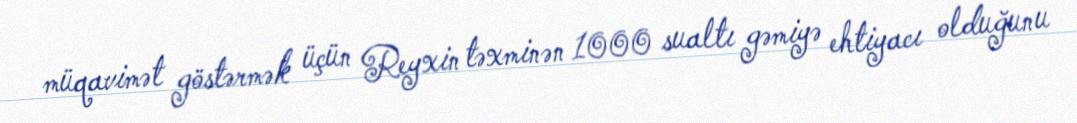
müqavimət göstərmək üçün Reyxin təxminən 1000 sualtı gəmiyə ehtiyacı olduğunu